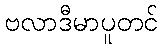
ဗလာဒီမာပူတင်